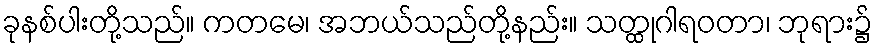
ခုနစ်ပါးတို့သည်။ ကတမေ၊ အဘယ်သည်တို့နည်း။ သတ္ထုဂါရဝတာ၊ ဘုရား၌